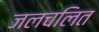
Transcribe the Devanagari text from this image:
जलचलित